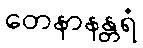
တေနာနန္တရံ